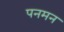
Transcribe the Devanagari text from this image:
पनमन